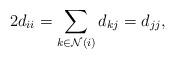
LaTeX: \begin{align*}2d_{ii} = \sum_{k\in\mathcal{N}(i)} d_{k j} = d_{jj},\end{align*}